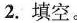
2. 填空。